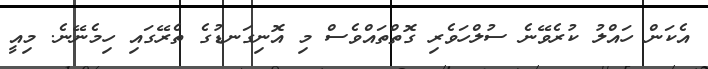
އެކަން ހައްލު ކުރެވޭނެ ސުލްހަވެރި ގޮތްތައްވެސް މި އޮނިގަނޑުގެ ތެރޭގައި ހިމެނޭނެ. މިއީ